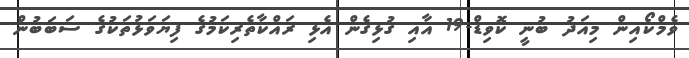
ވެމްކޯއިން މިއަދު ބުނީ ކޮވިޑް-19 އާއި ގުޅިގެން އެޅި ރައްކާތެރިކަމުގެ ފިޔަވަޅުތަކުގެ ސަބަބުން